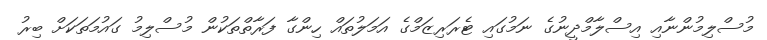
މުސްލިމުންނާއި އިސްލާމްދީނުގެ ނަމުގައި ޓެރަރިޒަމްގެ އަމަލުތައް ހިންގާ ފަރާތްތަކުން މުސްލިމު ގައުމަތަކަށް ބިރު